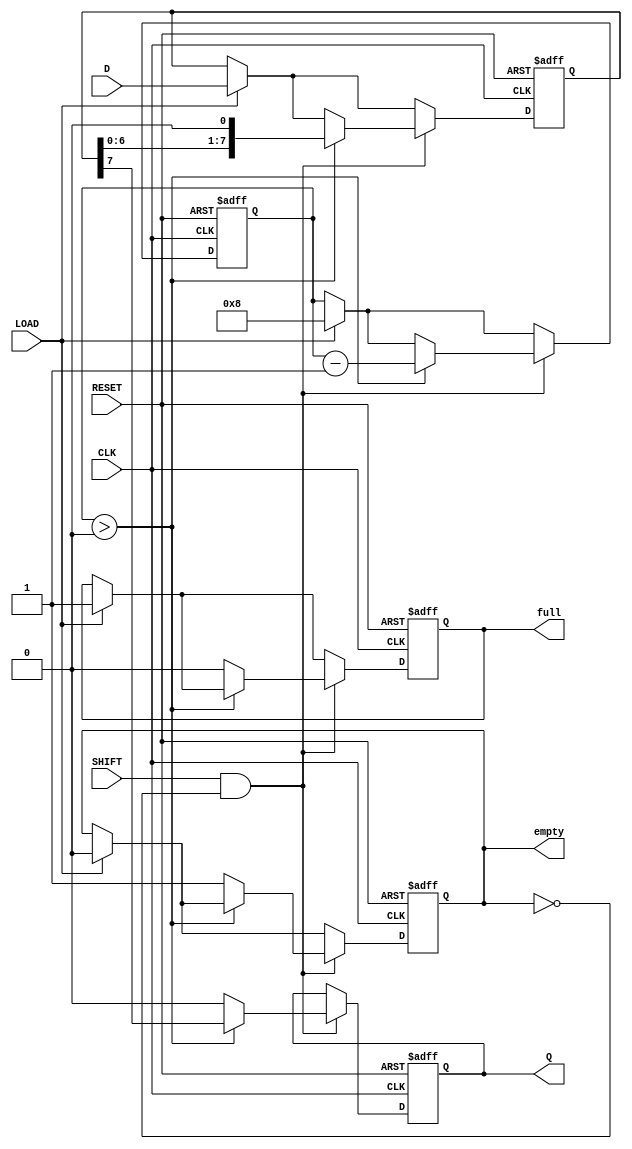
module TwoStagePISO #(
    parameter WIDTH = 8  // Width of the parallel data input
)(
    input wire [WIDTH-1:0] D,      // Parallel data input
    input wire LOAD,                // Load signal
    input wire SHIFT,               // Shift signal
    input wire CLK,                 // Clock signal
    input wire RESET,               // Asynchronous reset
    output reg Q,                   // Serial output
    output reg full,                // Status flag: indicates if the register is full
    output reg empty                // Status flag: indicates if the register is empty
);

    reg [WIDTH-1:0] input_reg;     // Input register (Stage 1)
    reg [WIDTH-1:0] output_reg;    // Output register (Stage 2)
    reg [3:0] shift_count;          // Counter for shifting bits

    // Asynchronous reset
    always @(posedge CLK or posedge RESET) begin
        if (RESET) begin
            input_reg <= 0;
            output_reg <= 0;
            Q <= 0;
            full <= 0;
            empty <= 1;
            shift_count <= 0;
        end else begin
            // Load data into input register
            if (LOAD) begin
                input_reg <= D;
                full <= 1;  // Register is now full after loading
                empty <= 0; // Register is not empty
                shift_count <= WIDTH; // Prepare to shift all bits
            end
            
            // Shift data from input register to output register
            if (SHIFT && !empty) begin
                if (shift_count > 0) begin
                    output_reg <= {input_reg[WIDTH-1], output_reg[WIDTH-1:1]};
                    Q <= input_reg[WIDTH-1]; // Output the MSB
                    input_reg <= {input_reg[WIDTH-2:0], 1'b0}; // Shift input register
                    shift_count <= shift_count - 1;
                end else begin
                    Q <= 0; // No more bits to shift
                    empty <= 1; // Register is now empty
                    full <= 0; // Register is not full
                end
            end
        end
    end

endmodule